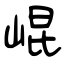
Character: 崐